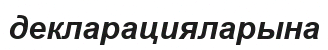
декларацияларына